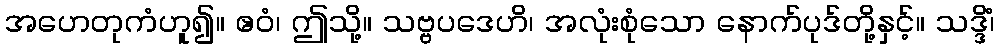
အဟေတုကံဟူ၍။ ဧဝံ၊ ဤသို့။ သဗ္ဗပဒေဟိ၊ အလုံးစုံသော နောက်ပုဒ်တို့နှင့်။ သဒ္ဒိံ၊